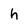
Character: h